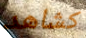
كشاهد